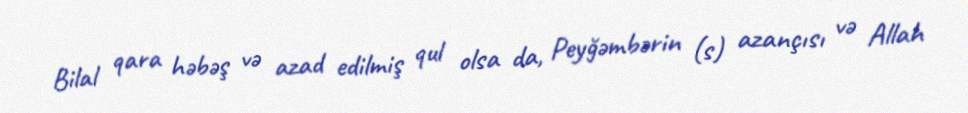
Bilal qara həbəş və azad edilmiş qul olsa da, Peyğəmbərin (s) azançısı və Allah